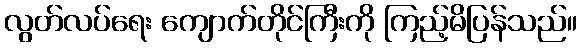
လွတ်လပ်ရေး ကျောက်တိုင်ကြီးကို ကြည့်မိပြန်သည်။